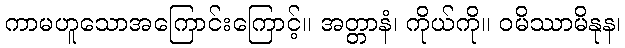
ကာမဟူသောအကြောင်းကြောင့်။ အတ္တာနံ၊ ကိုယ်ကို။ ဝမိဿာမိနုန၊